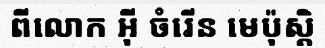
ពីលោក អ៊ី ចំរើន មេប៉ុស្តិ